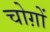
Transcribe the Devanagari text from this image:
चोग़ों